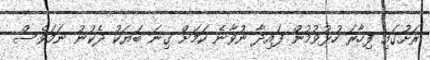
ރަށުގައި ފިހާރަ ހުޅުވުމުން ފައިދާ ނުވާނެ ކަމަށް ގިނަ ބަޔަކު ދެކުނު ނަމަވެސް